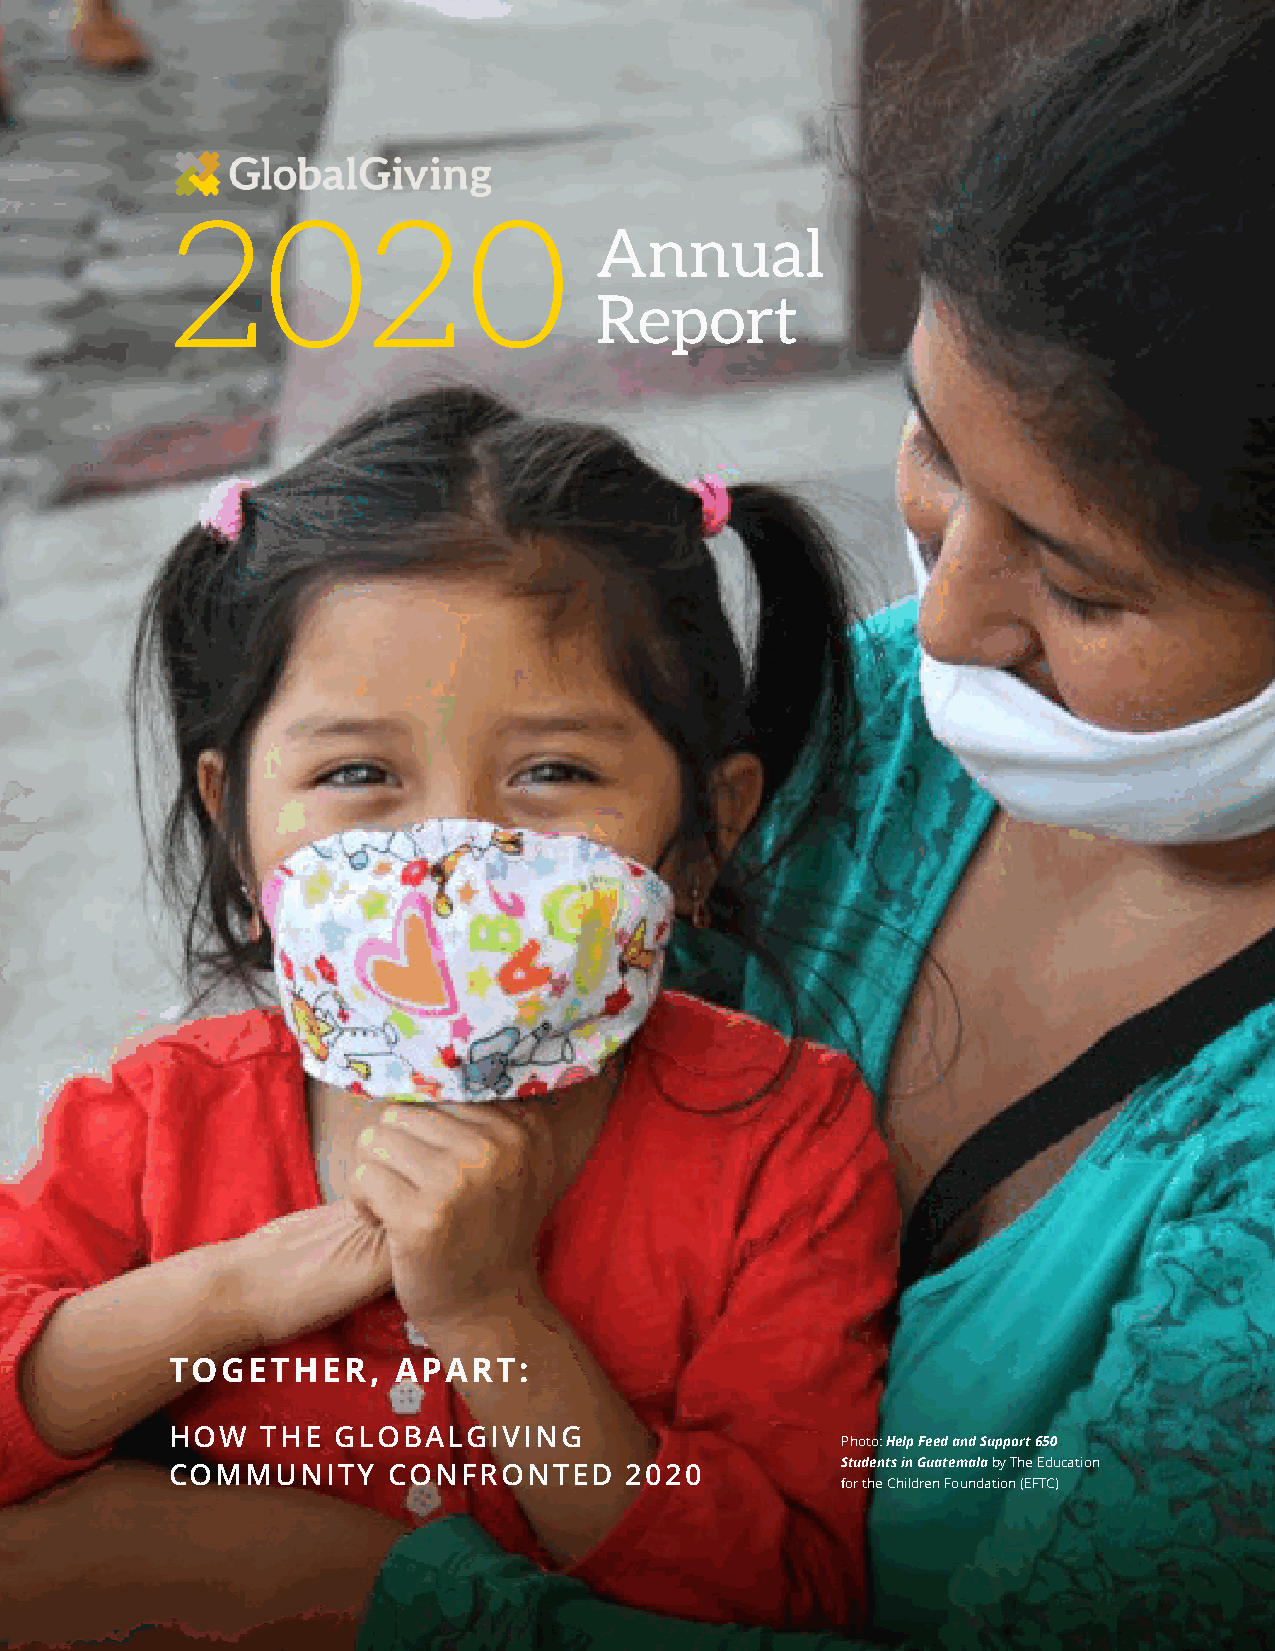
2020                        Annual
 Report
 TOGETHER,      APART:
 HOW   THE  GLOBALGIVING
 Photo: Help Feed and Support 650
 Students in Guatemala by The Education
 COMMUNITY      CONFRONTED     2020
 for the Children Foundation (EFTC)